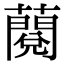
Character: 𧀲